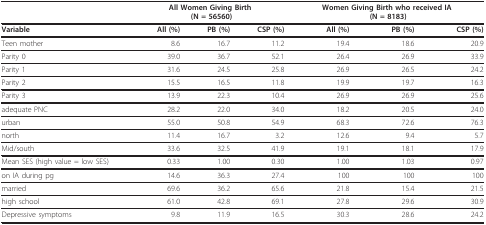
|  | <COLSPAN=3> All Women Giving Birth (N = 56560) | <COLSPAN=3> Women Giving Birth who received IA (N = 8183) |
 | --- | --- | --- | --- | --- | --- | --- |
 | Variable | All (%) | PB (%) | CSP (%) | All (%) | PB (%) | CSP (%) |
 | Teen mother | 8.6 | 16.7 | 11.2 | 19.4 | 18.6 | 20.9 |
 | Parity 0 | 39.0 | 36.7 | 52.1 | 26.4 | 26.9 | 33.9 |
 | Parity 1 | 31.6 | 24.5 | 25.8 | 26.9 | 26.5 | 24.2 |
 | Parity 2 | 15.5 | 16.5 | 11.8 | 19.9 | 19.7 | 16.3 |
 | Parity 3 | 13.9 | 22.3 | 10.4 | 26.9 | 26.9 | 25.6 |
 | adequate PNC | 28.2 | 22.0 | 34.0 | 18.2 | 20.5 | 24.0 |
 | urban | 55.0 | 50.8 | 54.9 | 68.3 | 72.6 | 76.3 |
 | north | 11.4 | 16.7 | 3.2 | 12.6 | 9.4 | 5.7 |
 | Mid/south | 33.6 | 32.5 | 41.9 | 19.1 | 18.1 | 17.9 |
 | Mean SES (high value = low SES) | 0.33 | 1.00 | 0.30 | 1.00 | 1.03 | 0.97 |
 | on IA during pg | 14.6 | 36.3 | 27.4 | 100 | 100 | 100 |
 | married | 69.6 | 36.2 | 65.6 | 21.8 | 15.4 | 21.5 |
 | high school | 61.0 | 42.8 | 69.1 | 27.8 | 29.6 | 30.9 |
 | Depressive symptoms | 9.8 | 11.9 | 16.5 | 30.3 | 28.6 | 24.2 |